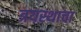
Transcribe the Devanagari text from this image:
त्रयस्थाचा